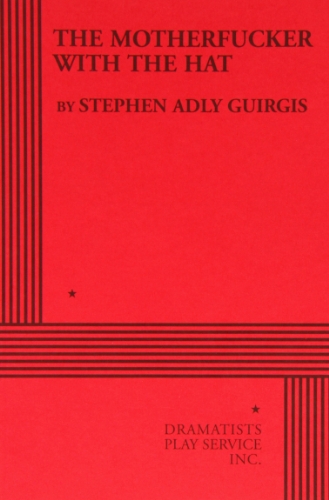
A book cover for The Motherfucker With the Hat; Stephen Adly Guirgis; Humor & Entertainment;